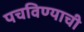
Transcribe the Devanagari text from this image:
पचविण्याची